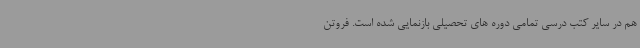
هم در سایر کتب درسی تمامی دوره های تحصیلی بازنمایی شده است. فروتن